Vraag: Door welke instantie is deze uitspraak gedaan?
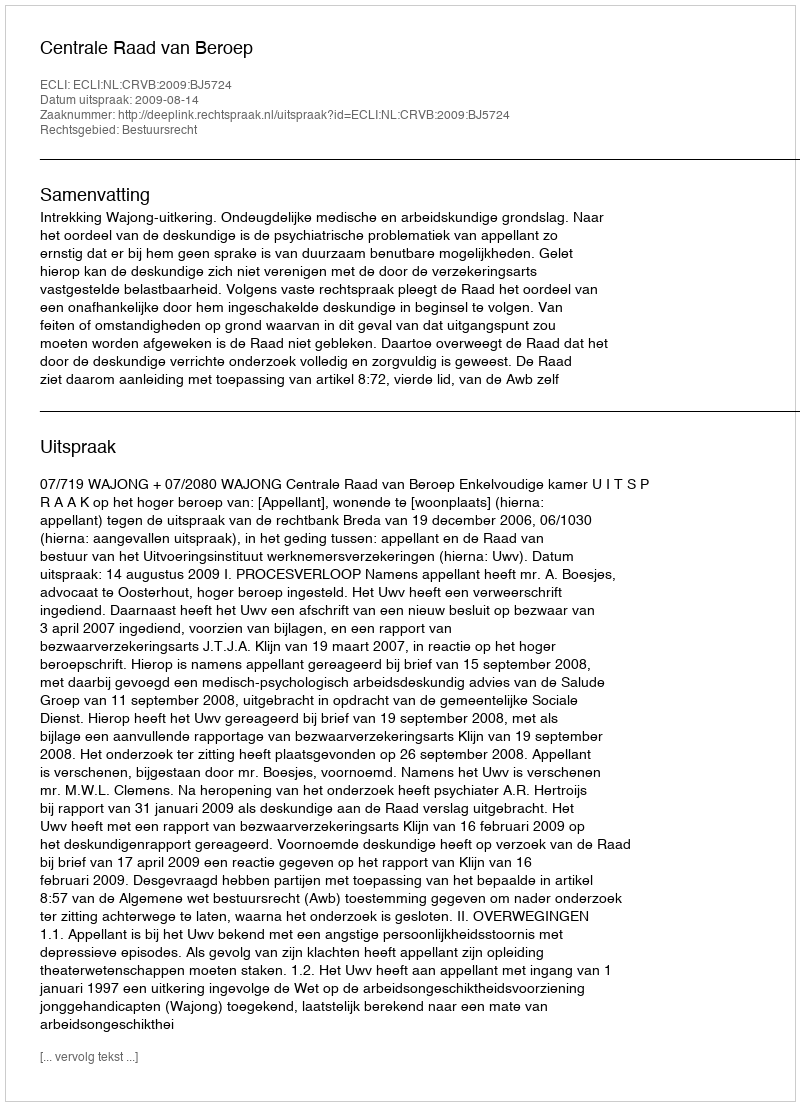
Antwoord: Centrale Raad van Beroep